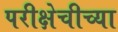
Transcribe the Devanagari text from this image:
परीक्षेचीच्या